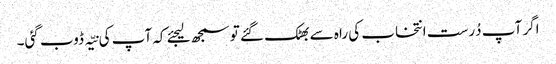
اگر آپ دُرست انتخاب کی راہ سے بھٹک گئے تو سمجھ لیجئے کہ آپ کی نیّہ ڈوب گئی۔